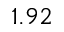
1 . 9 2